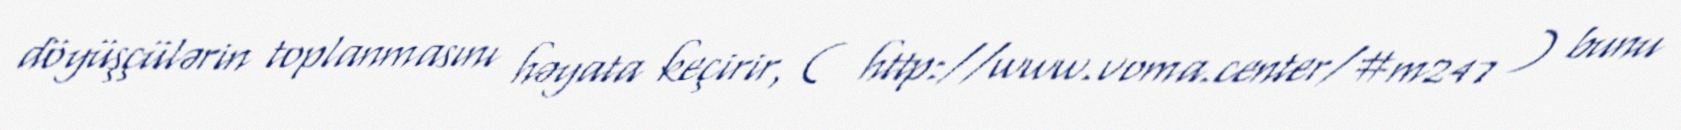
döyüşçülərin toplanmasını həyata keçirir, ( http://www.voma.center/#m247 ) bunu